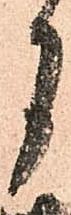
月